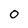
Character: 0